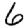
Digit: 6